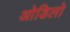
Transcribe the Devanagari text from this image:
ओडिलो